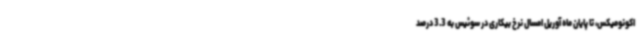
اکونومیکس، تا پایان ماه آوریل امسال نرخ بیکاری در سوئیس به 3.3 درصد